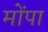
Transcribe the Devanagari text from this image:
मोंपा